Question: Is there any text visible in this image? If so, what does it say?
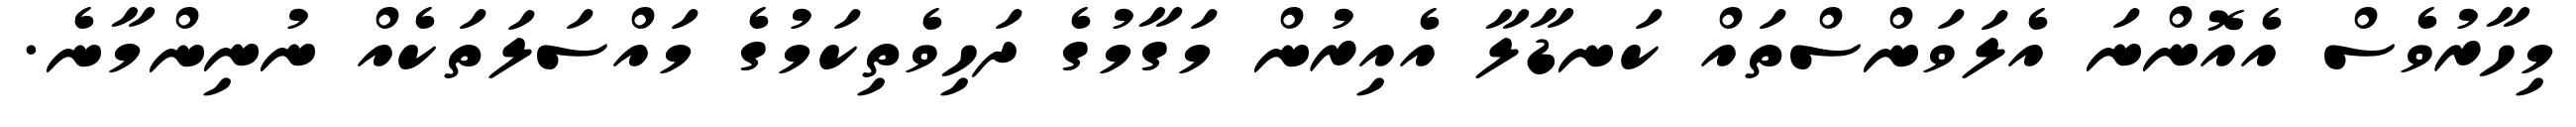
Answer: މިހާރުވެސް އެއޮންނަ އެލަވަންސްތައް ކަނޑާލާ އެއިރުން މަގާމުގެ ދަހިވެތިކަމުގެ މައްސަލަތަކެއް ނުނިންމާނެ.